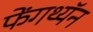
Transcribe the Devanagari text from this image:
फेंगथ्यॅन